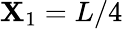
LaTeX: \mathbf{X}_{1}=L/4